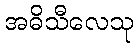
အဓိသီလေသု